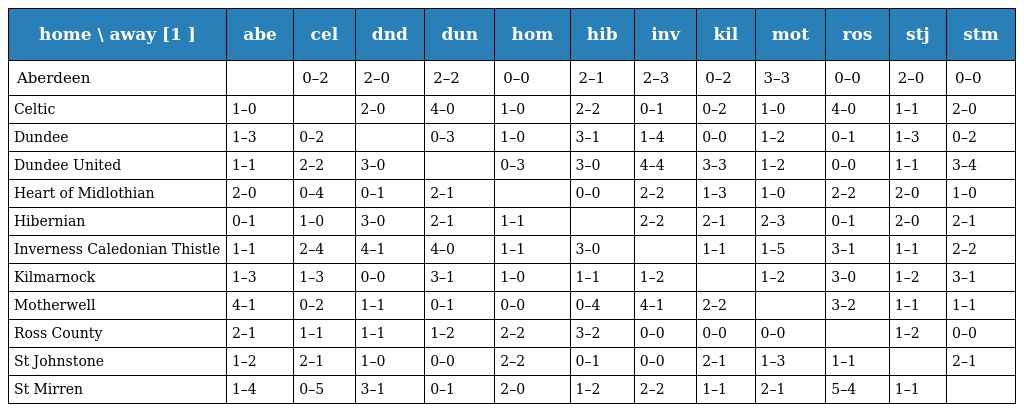
| home \ away [1 ] | abe | cel | dnd | dun | hom | hib | inv | kil | mot | ros | stj | stm |
 | --- | --- | --- | --- | --- | --- | --- | --- | --- | --- | --- | --- | --- |
 | Aberdeen |  | 0–2 | 2–0 | 2–2 | 0–0 | 2–1 | 2–3 | 0–2 | 3–3 | 0–0 | 2–0 | 0–0 |
 | Celtic | 1–0 |  | 2–0 | 4–0 | 1–0 | 2–2 | 0–1 | 0–2 | 1–0 | 4–0 | 1–1 | 2–0 |
 | Dundee | 1–3 | 0–2 |  | 0–3 | 1–0 | 3–1 | 1–4 | 0–0 | 1–2 | 0–1 | 1–3 | 0–2 |
 | Dundee United | 1–1 | 2–2 | 3–0 |  | 0–3 | 3–0 | 4–4 | 3–3 | 1–2 | 0–0 | 1–1 | 3–4 |
 | Heart of Midlothian | 2–0 | 0–4 | 0–1 | 2–1 |  | 0–0 | 2–2 | 1–3 | 1–0 | 2–2 | 2–0 | 1–0 |
 | Hibernian | 0–1 | 1–0 | 3–0 | 2–1 | 1–1 |  | 2–2 | 2–1 | 2–3 | 0–1 | 2–0 | 2–1 |
 | Inverness Caledonian Thistle | 1–1 | 2–4 | 4–1 | 4–0 | 1–1 | 3–0 |  | 1–1 | 1–5 | 3–1 | 1–1 | 2–2 |
 | Kilmarnock | 1–3 | 1–3 | 0–0 | 3–1 | 1–0 | 1–1 | 1–2 |  | 1–2 | 3–0 | 1–2 | 3–1 |
 | Motherwell | 4–1 | 0–2 | 1–1 | 0–1 | 0–0 | 0–4 | 4–1 | 2–2 |  | 3–2 | 1–1 | 1–1 |
 | Ross County | 2–1 | 1–1 | 1–1 | 1–2 | 2–2 | 3–2 | 0–0 | 0–0 | 0–0 |  | 1–2 | 0–0 |
 | St Johnstone | 1–2 | 2–1 | 1–0 | 0–0 | 2–2 | 0–1 | 0–0 | 2–1 | 1–3 | 1–1 |  | 2–1 |
 | St Mirren | 1–4 | 0–5 | 3–1 | 0–1 | 2–0 | 1–2 | 2–2 | 1–1 | 2–1 | 5–4 | 1–1 |  |